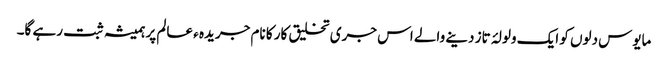
مایوس دلوں کو ایک ولولۂ تاز دینے والے اس جری تخلیق کار کا نام جریدہ ء عالم پر ہمیشہ ثبت رہے گا۔